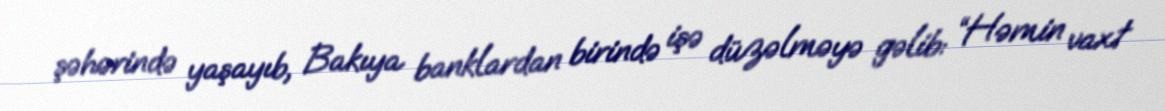
şəhərində yaşayıb, Bakıya banklardan birində işə düzəlməyə gəlib: “Həmin vaxt